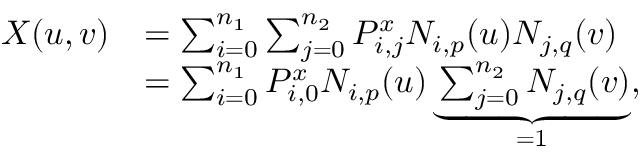
\begin{array} { r l } { X ( u , v ) } & { = \sum _ { i = 0 } ^ { n _ { 1 } } \sum _ { j = 0 } ^ { n _ { 2 } } P _ { i , j } ^ { x } N _ { i , p } ( u ) N _ { j , q } ( v ) } \\ & { = \sum _ { i = 0 } ^ { n _ { 1 } } P _ { i , 0 } ^ { x } N _ { i , p } ( u ) \underbrace { \sum _ { j = 0 } ^ { n _ { 2 } } N _ { j , q } ( v ) } _ { = 1 } , } \end{array}